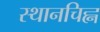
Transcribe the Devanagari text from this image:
स्थानचिह्न